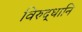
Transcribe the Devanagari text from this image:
विरुद्धानि